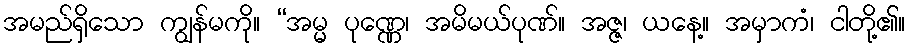
အမည်ရှိသော ကျွန်မကို။ “အမ္မ ပုဏ္ဏေ၊ အမိမယ်ပုဏ်။ အဇ္ဇ၊ ယနေ့။ အမှာကံ၊ ငါတို့၏။